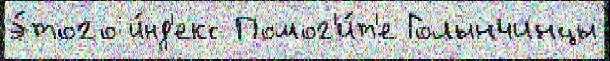
э́того и́нд'екс Помог'и́т'е Голынчинцы